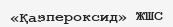
«Қазпероксид» ЖШС